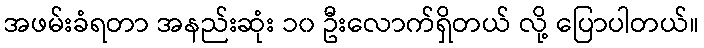
အဖမ်းခံရတာ အနည်းဆုံး ၁၀ ဦးလောက်ရှိတယ် လို့ ပြောပါတယ်။